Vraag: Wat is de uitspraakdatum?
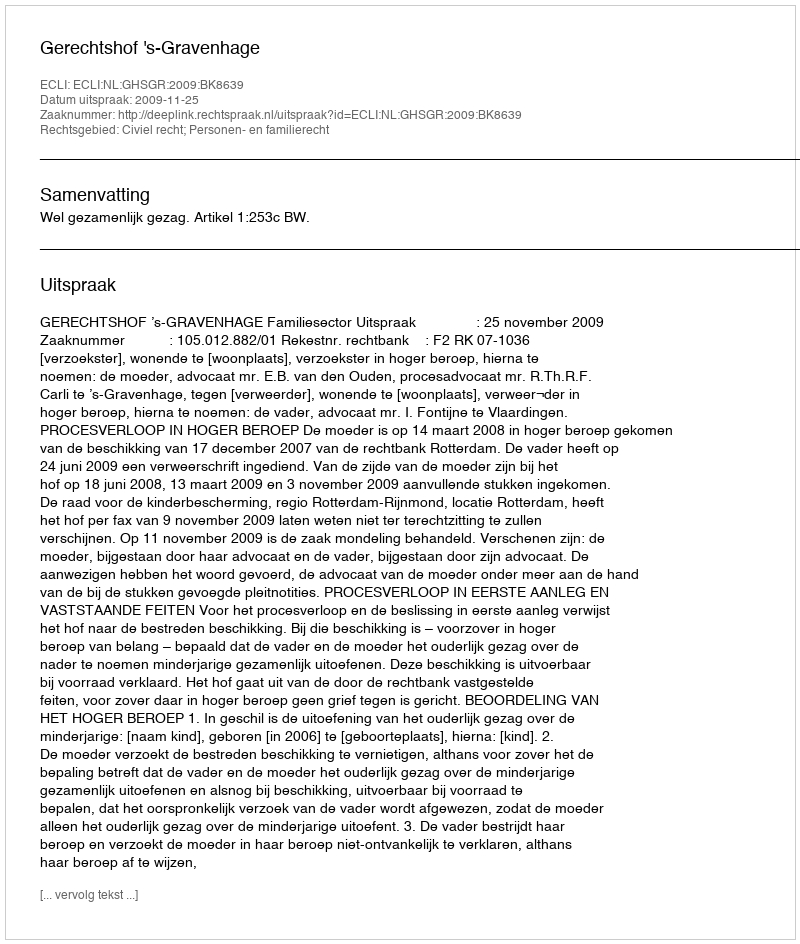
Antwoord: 2009-11-25